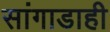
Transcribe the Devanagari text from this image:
सांगाडाही